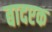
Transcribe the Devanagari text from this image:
बादएक